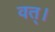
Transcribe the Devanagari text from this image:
वत्।